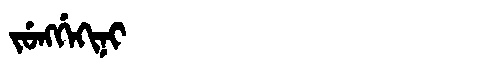
Manchu: ᠵᡠᠩᡤᡝᡴᡳᠨᡳ
Romanization: JUNGGEKINI